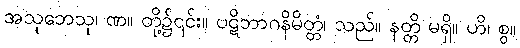
အသုဘေသု၊ ဏ။ တို့၌၎င်း။ ပဋိဘာဂနိမိတ္တံ၊ သည်။ နတ္တိ မရှိ။ ဟိ၊ စွ။